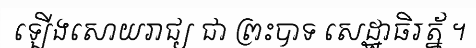
ឡើងសោយរាជ្យ ជា ព្រះបាទ សេដ្ឋាធិរត្ន័ ។